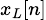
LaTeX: \scriptstyle x_{L}[n]